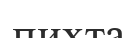
пихта